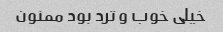
خیلی خوب و ترد بود ممنون